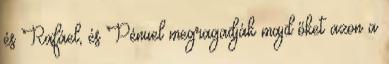
és Rafáel, és Pénuel megragadják majd őket azon a